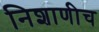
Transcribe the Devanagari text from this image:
निशाणीच